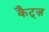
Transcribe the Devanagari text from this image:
कैट्ज़